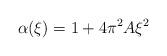
LaTeX: \begin{align*} \alpha ( \xi ) = 1 + 4 \pi ^ 2 A \xi ^ 2 \end{align*}